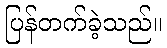
ပြန်တက်ခဲ့သည်။